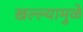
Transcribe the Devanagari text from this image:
खल्ल्यामुळे